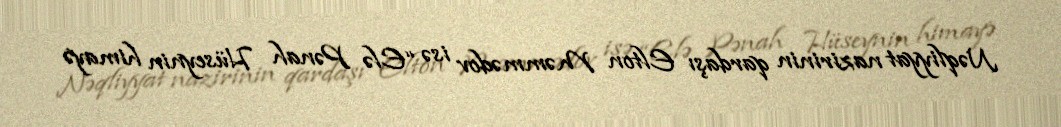
Nəqliyyat nazirinin qardaşı Elton Məmmədov isə “Elə Pənah Hüseynin himayə